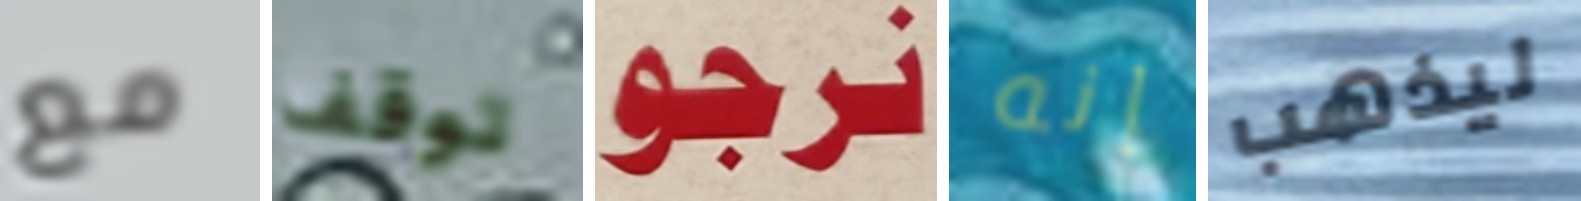
مع توقف نرجو إنه ليذهب